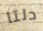
دلتا